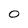
Character: 0